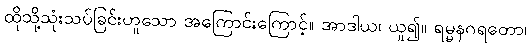
ထိုသို့သုံးသပ်ခြင်းဟူသော အကြောင်းကြောင့်။ အာဒါယ၊ ယူ၍။ ရမ္မနဂရတော၊